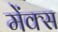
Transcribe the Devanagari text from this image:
मेंक्स